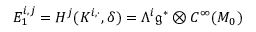
E _ { 1 } ^ { i , j } = H ^ { j } ( K ^ { i , \cdot } , \delta ) = \Lambda ^ { i } { \mathfrak { g } } ^ { * } \otimes C ^ { \infty } ( M _ { 0 } )